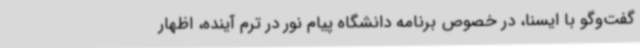
گفت‌وگو با ایسنا، در خصوص برنامه دانشگاه پیام نور در ترم آینده، اظهار